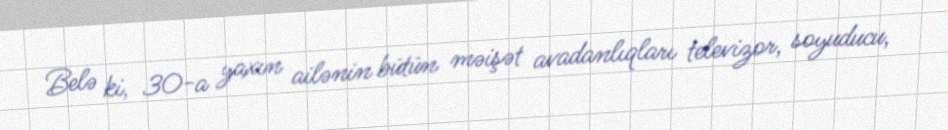
Belə ki, 30-a yaxın ailənin bütün məişət avadanlıqları televizor, soyuducu,